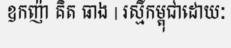
ឧកញ៉ា គិត ធាង | រស្មីកម្ពុជាដោយៈ